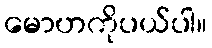
မောဟကိုပယ်ပါ။